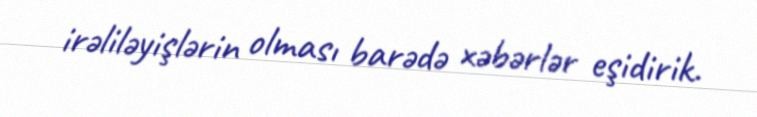
irəliləyişlərin olması barədə xəbərlər eşidirik.